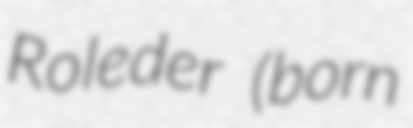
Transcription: Roleder (born